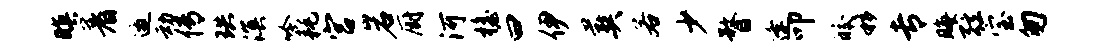
暝着邀动传珙溟吟耗宫岩厨河檐曰伊葬若少瞀逢叩皎移专晦弦宝匆